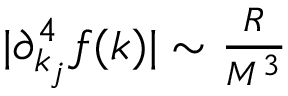
\begin{array} { r } { | \partial _ { k _ { j } } ^ { 4 } f ( k ) | \sim \frac { R } { M ^ { 3 } } } \end{array}